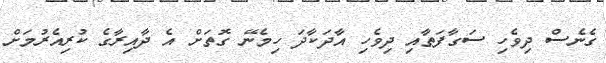
ގެނެސް ދިވެހި ސަގާފަތާއި ދިވެހި އާދަކާދަ ހިމެނޭ ގޮތަށް އެ ދާއިރާގެ ކުރިއެރުމަށް